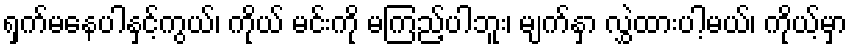
ရှက်မနေပါနှင့်ကွယ်၊ ကိုယ် မင်းကို မကြည့်ပါဘူး၊ မျက်နှာ လွှဲထားပါ့မယ်၊ ကိုယ့်မှာ